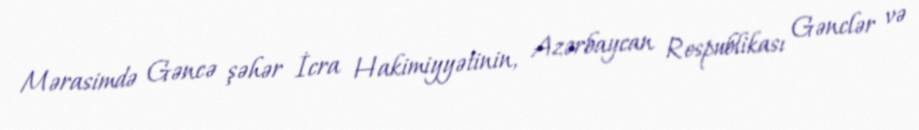
Mərasimdə Gəncə şəhər İcra Hakimiyyətinin, Azərbaycan Respublikası Gənclər və